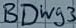
Text: BDWg3